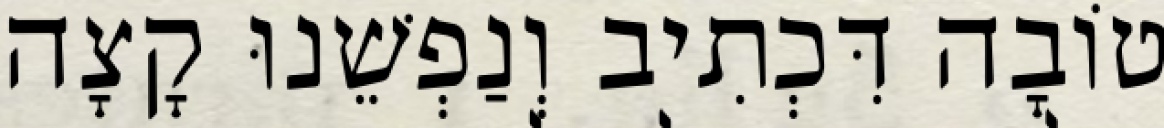
טוֹבָה דִּכְתִיב וְנַפְשֵׁנוּ קָצָה